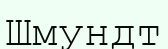
Шмундт